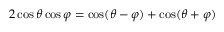
2 \cos \theta \cos \varphi = { \cos ( \theta - \varphi ) + \cos ( \theta + \varphi ) }